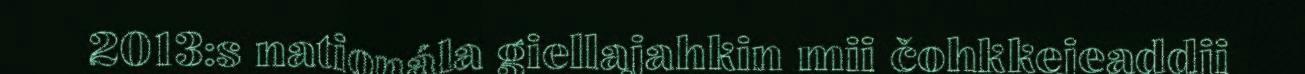
2013:s nationála giellajahkin mii čohkkejeaddji